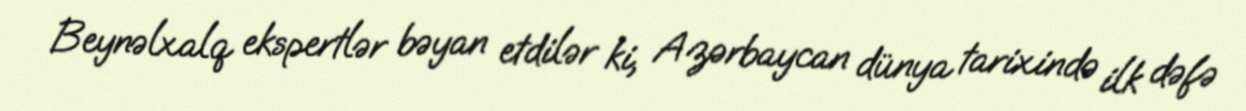
Beynəlxalq ekspertlər bəyan etdilər ki, Azərbaycan dünya tarixində ilk dəfə